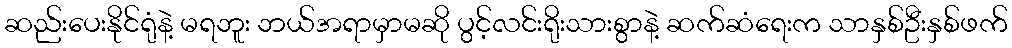
ဆည်းပေးနိုင်ရုံနဲ့ မရဘူး ဘယ်အရာမှာမဆို ပွင့်လင်းရိုးသားစွာနဲ့ ဆက်ဆံရေးက သာနှစ်ဦးနှစ်ဖက်